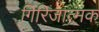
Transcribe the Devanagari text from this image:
गिरिजात्मक